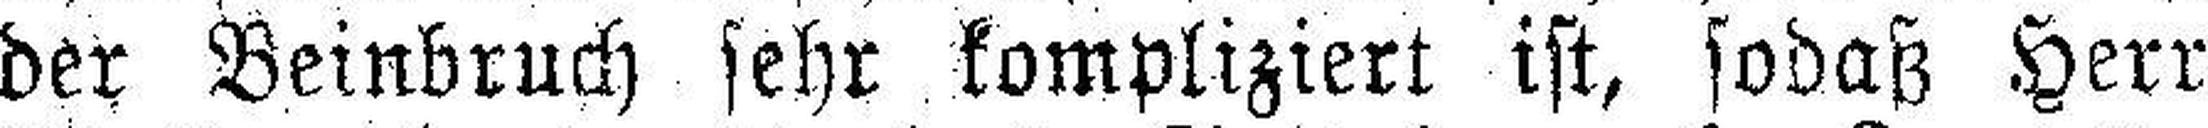
der Beinbruch sehr kompliziert ist, sodaß Herr